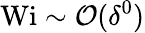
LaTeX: \textrm{Wi}\sim\mathcal{O}(\delta^{0})